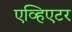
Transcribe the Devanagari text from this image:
एव्हिएटर